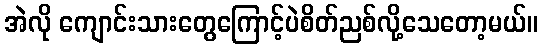
အဲလို ကျောင်းသားတွေကြောင့်ပဲစိတ်ညစ်လို့သေတော့မယ်။